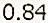
0.84